NAE_kihelkonnakohtute_kirjad_ja_protokollid_1869-1889, lk 4
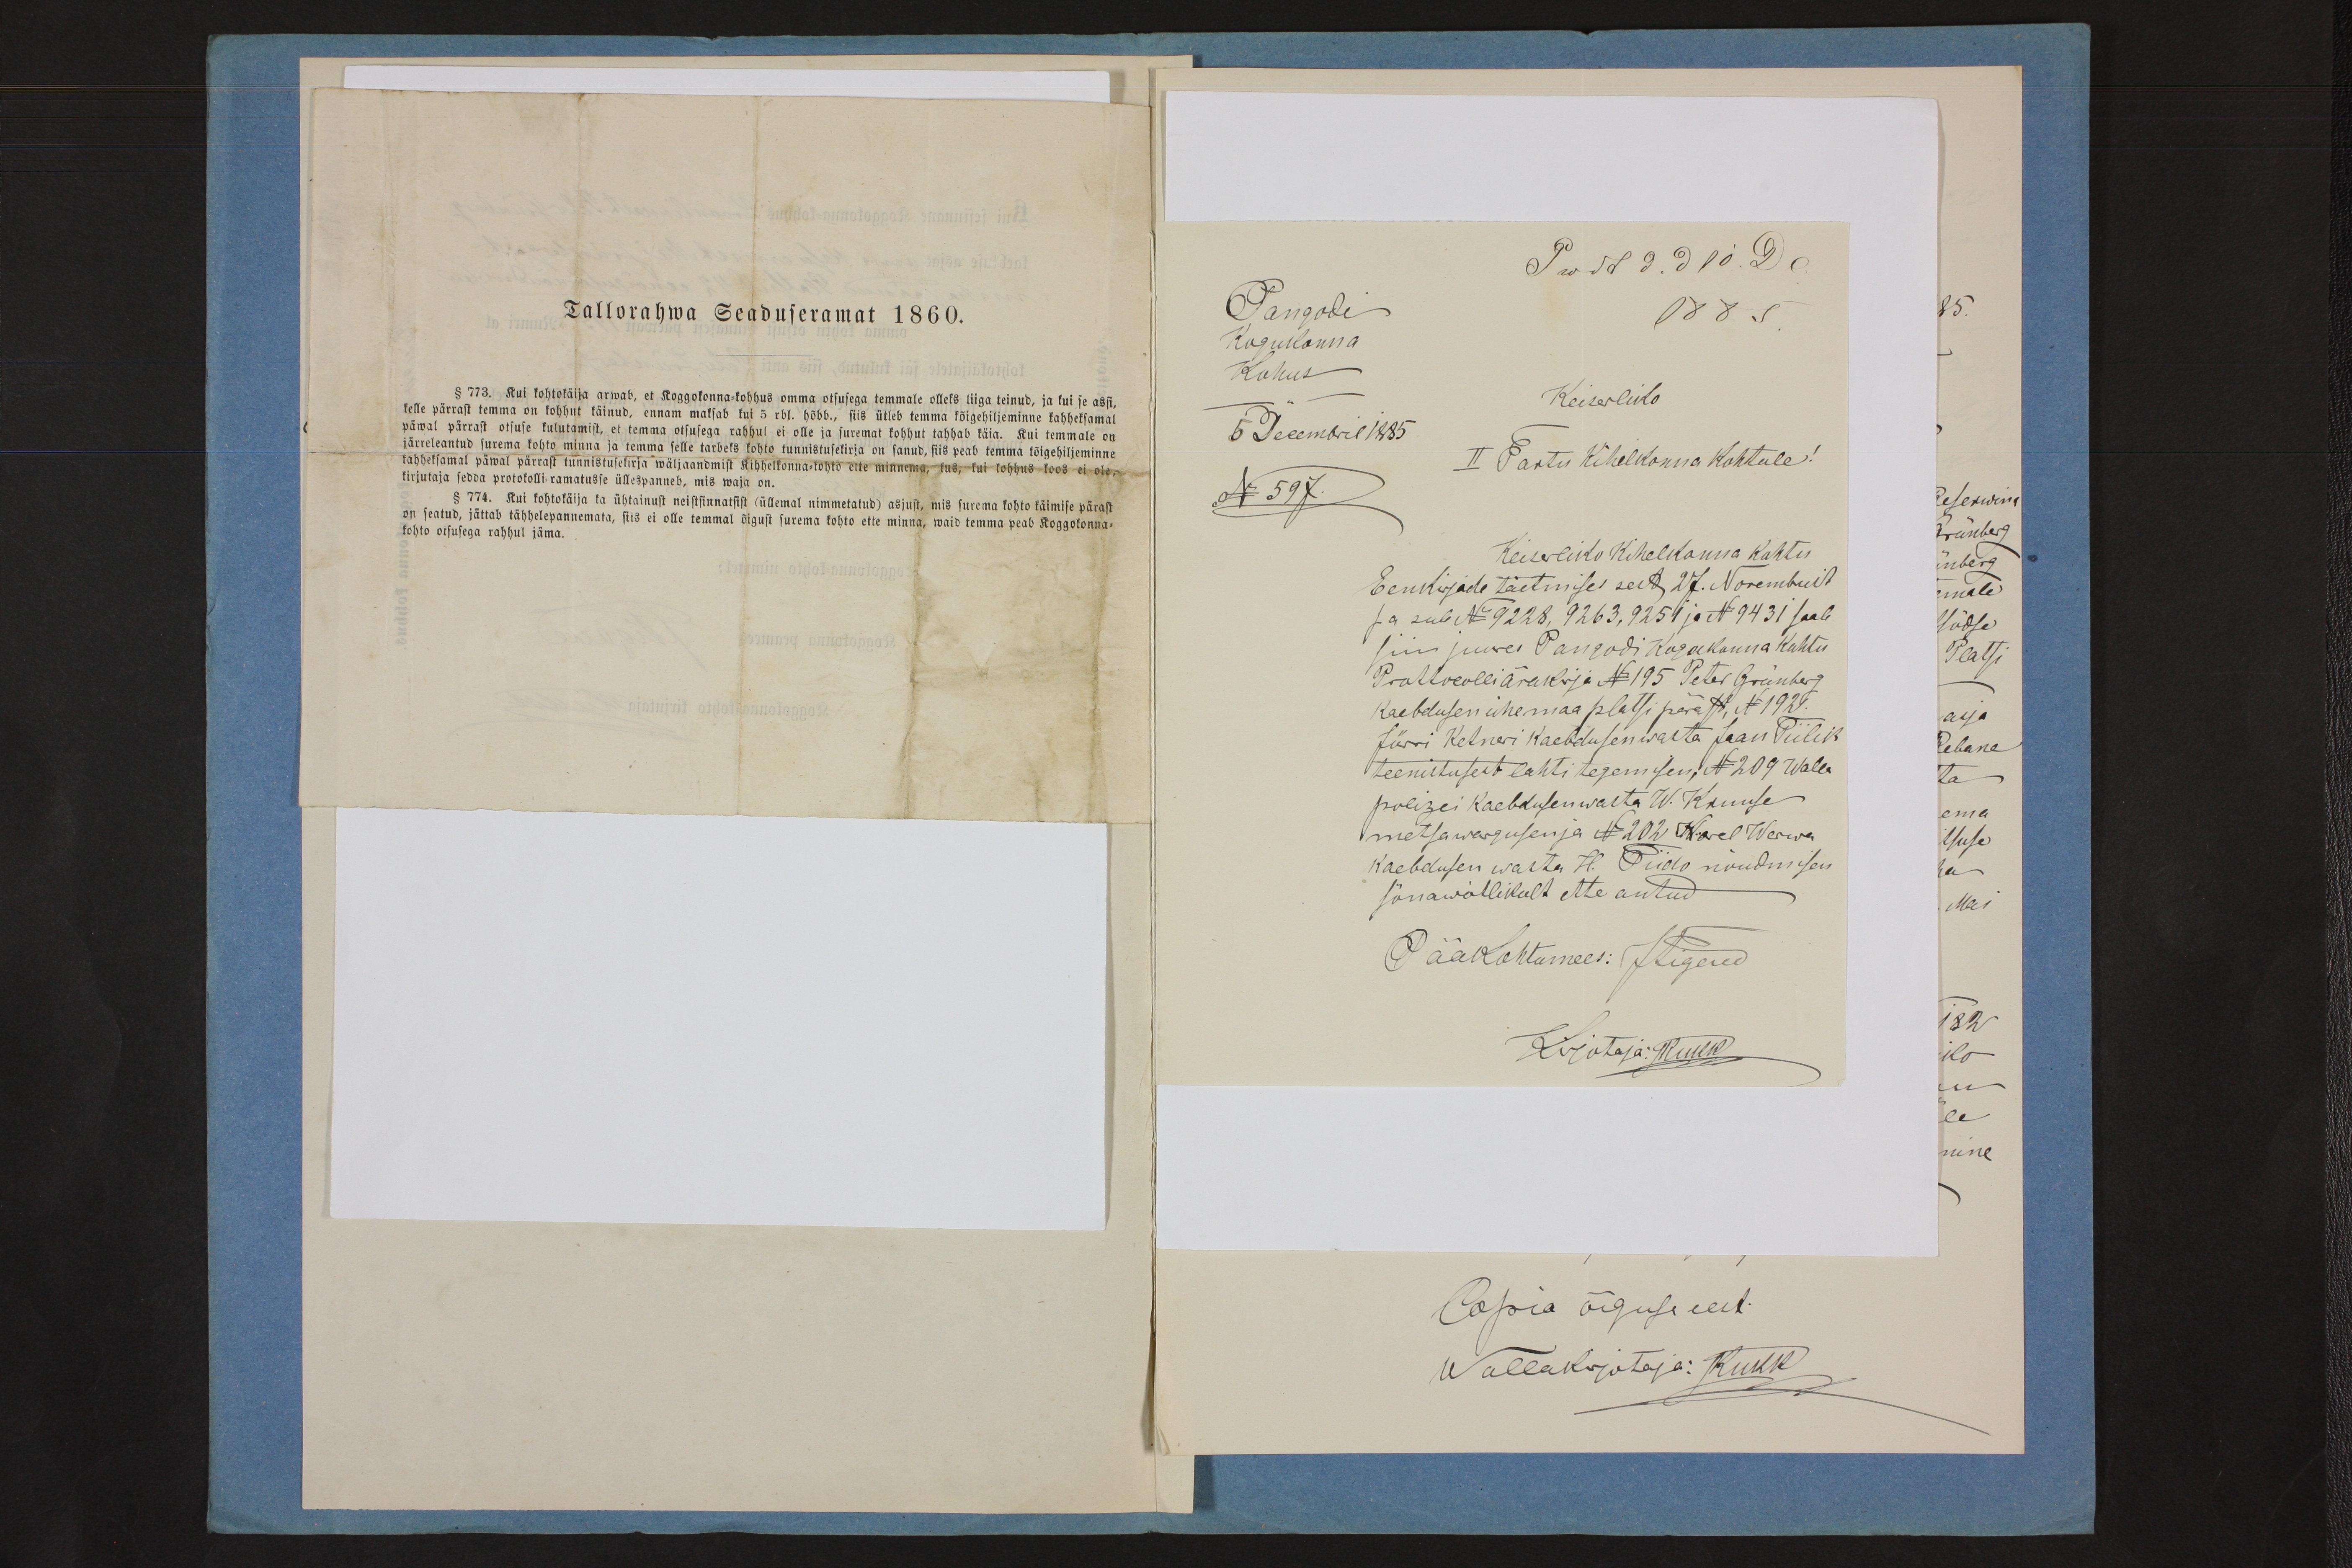
Tallorahwa Seaduseramat 1860.

Pangodi
1885
Кogukonna
Kohus
Keiserliko
5 Decembril 1885
II Tartu Kihelkonna Kohtule!
No: 597
Keiserliko Kihelkonna Kohtu
Eenkirjade täetmise sect 27. Novembril
ja sub No: 9228, 9263, 9254 ja No: 9431 saab
siin juures Pangodi kogukonna kohtu
Protokolli ärakirja No: 195 Peter Grunberg
kaebduse ühe maa platsi pärast, N 1929.
Jürri Ketneri kaebdusen wasta Jaan Piilik
teenistusest lahti tegemisen No: 209 Wale
polizei kaebdusen wasta W. Kruuse
metsawargusen ja No: 202 Karel Werwa
kaebdusen wasta H. Tiido nõudmisen
sõnawõtlikult ette antud